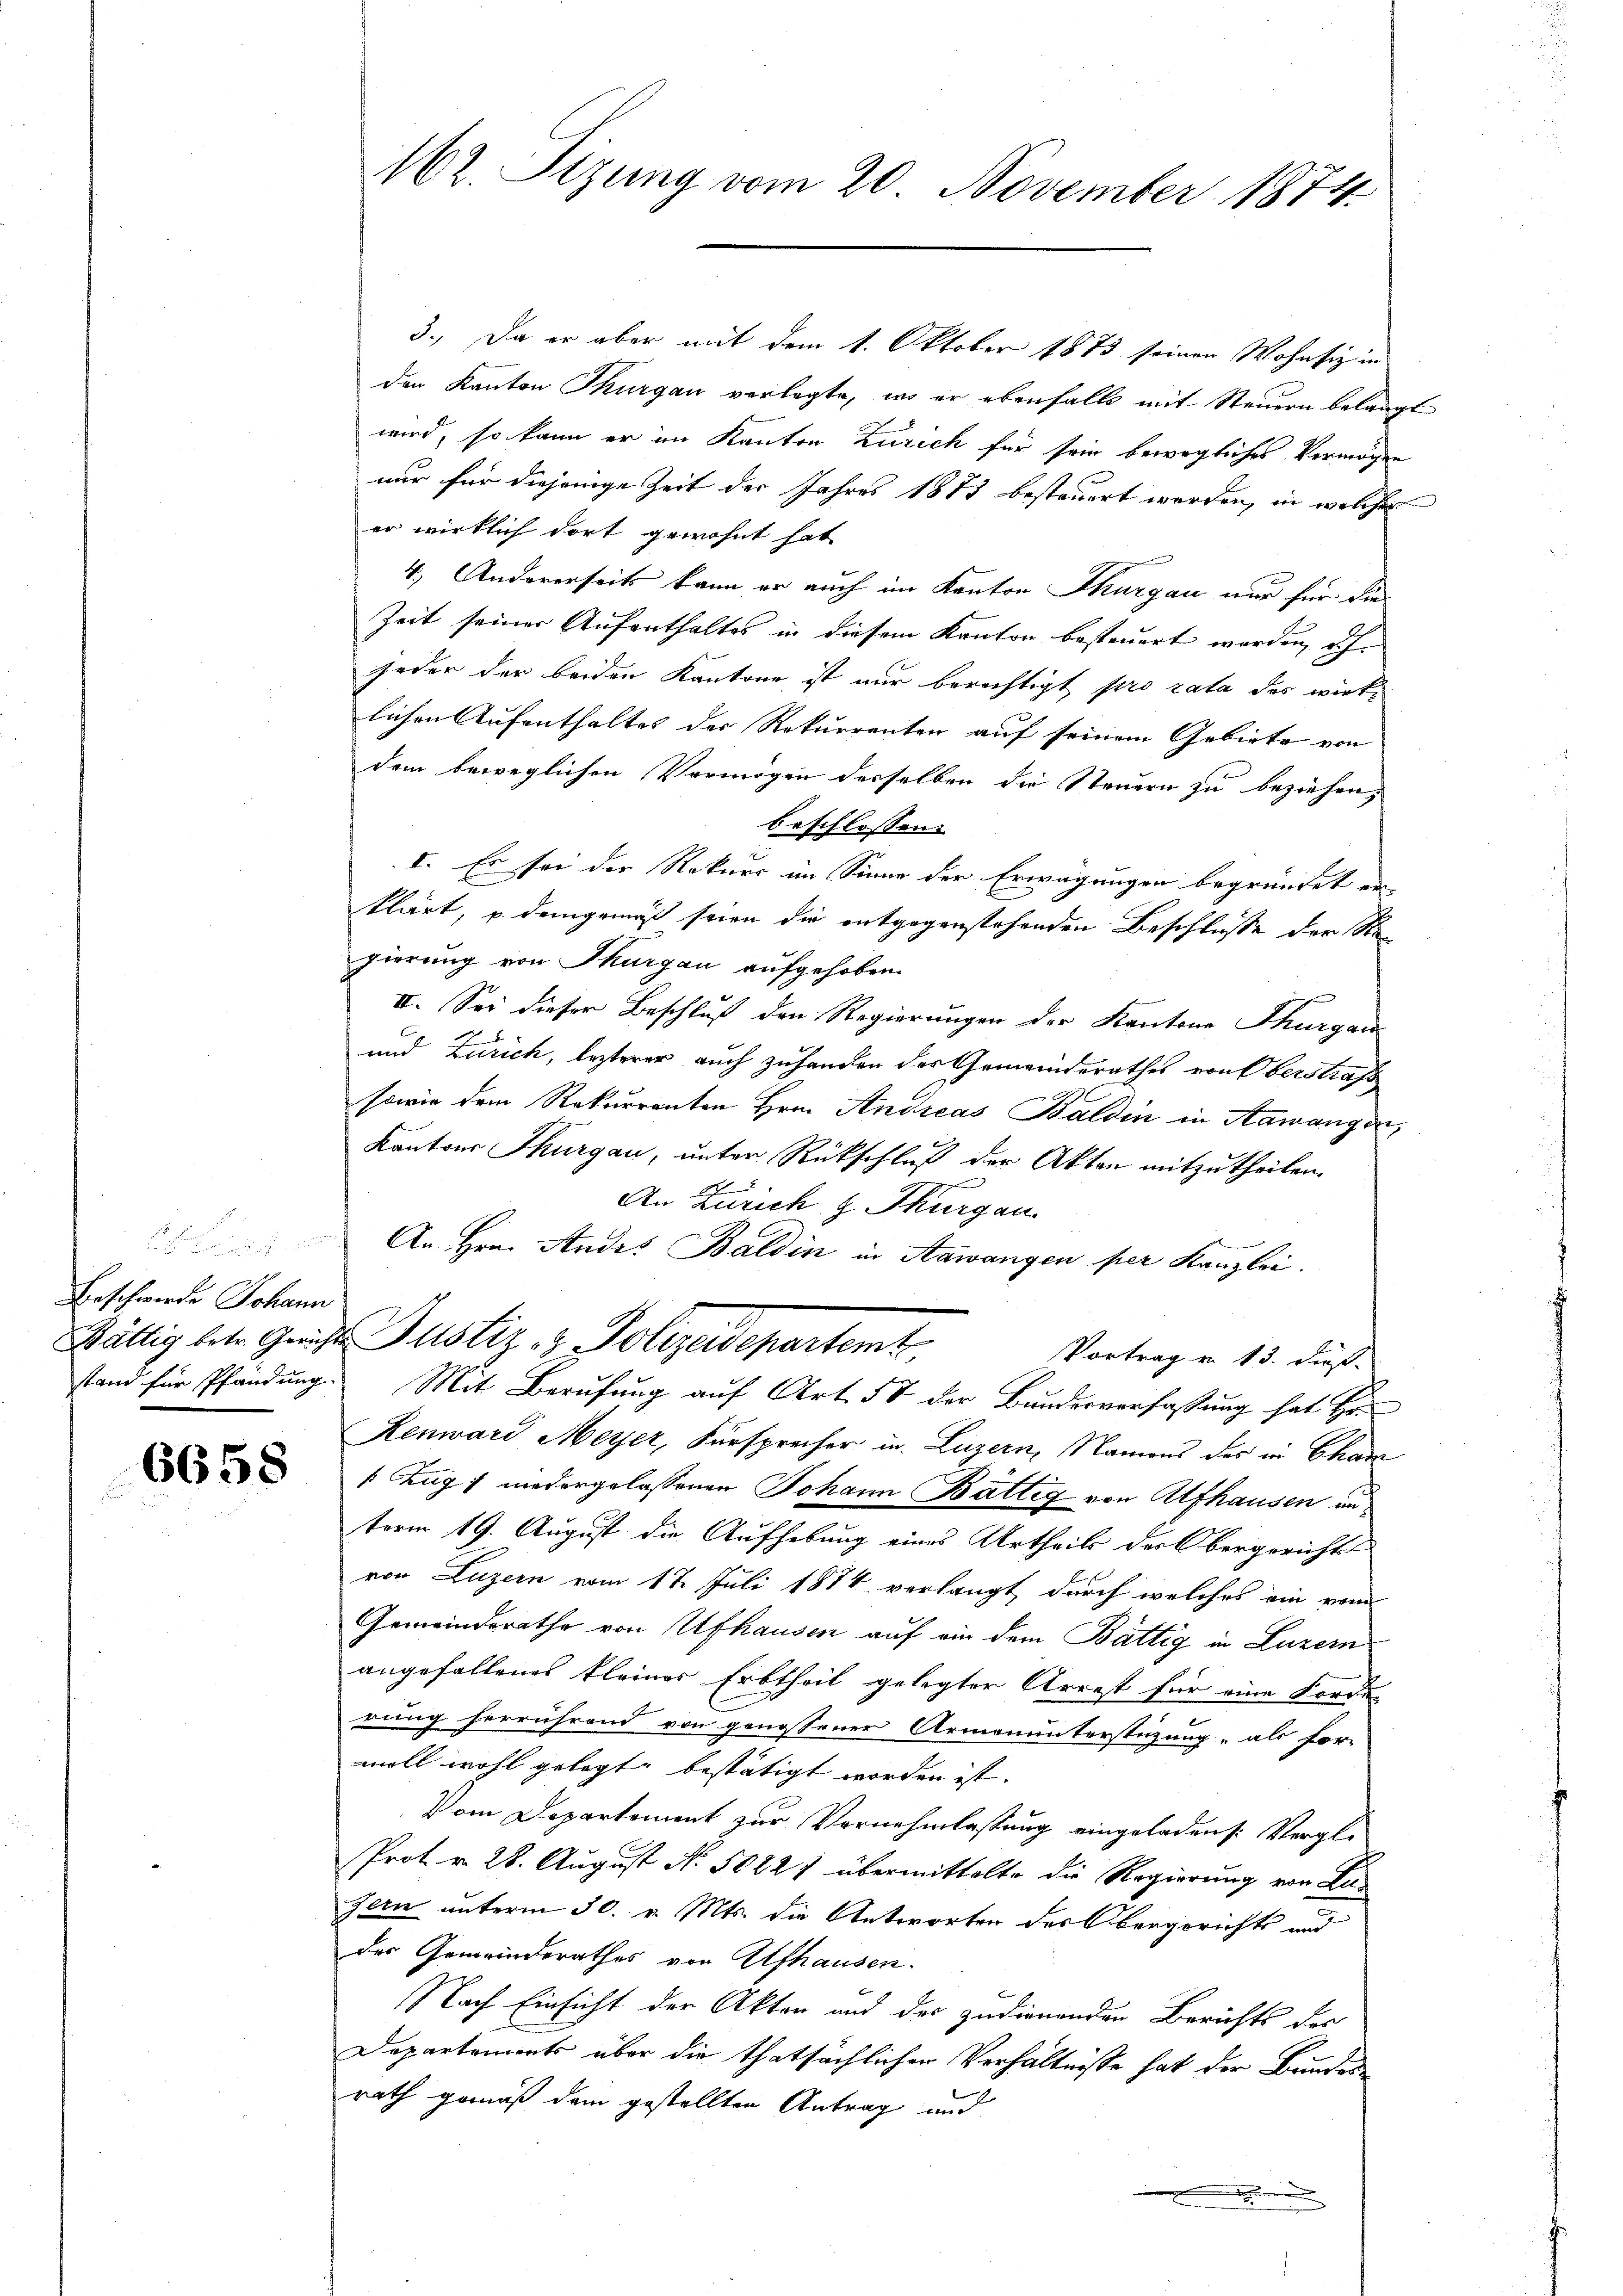
Beschwerde Johann

6658

162. Sizung vom 20. November 1874

3., Da er aber mit dem 1. Oktober 1873 seinen Wohnsiz in
den Kanton Thurgau verlegte, wo er ebenfalls mit Steuern belangt
wird, so kann er im Kanton Zürich für sein bewegliches Vermögen
nur für diejenige Zeit der Jahres 1873 besteuert werden, in welches
er wirklich dort gewohnt hat
4.) Andererseits kann er auch im Kanton Thurgau nur für die
Zeit seiner Aufenthaltes in diesem Kanton besteuert worden, dh
jeder der beiden Kantone ist nur berechtigt pro rata des wirklichen Aufenthaltes der Rekurrenten auf seinem Gebiete von
dem beweglichen Vermögen desselben die Steuern zu beziehen,
beschlossen:
I. Es sei der Rekurs im Sinne der Erwägungen begründet er
klärt, u. demgemäß seien die entgegenstehenden Beschlusse der Stagierung von Thurgau aufgehoben.
II. Sei dieser Beschluß den Regierungen der Kantons Thurgau
und Zürich, lezterer auch zuhanden des Gemeinderathes von Oberstrafs
sowie dem Rekurrenten Hrn. Andreas Baldin in Aawangen,
Kantons Thurgau, unter Rückschluß der Akten mitzutheilen.
An Zürich z. Thurgau
An Hrn. Andes Baldin in Aawangen per Kanzlei.
Wältig betr. Gerichte Justiz & Polizeidepartemt,
Vortrag von 13. dieß.
stand für Pfändung. Mit Berufung auf Art. 57 der Bundesverfassung hat Hr.
Renward Meyer, Fürsprecher in Luzern, Namens des in Char
Zug niedergelassenen Johann Baltig von Alfhausen un
term 19. August die Aufhebung eines Urtheils der Obergerichts
von Luzern vom 17. Juli 1874 verlangt, durch welches ein vom
Gemeinderathe von Ufhausen auf ein dem Bättig in Luzern
angefallenes kleiner Erbtheil gelegter Arrest für eine Forde
rung herrührend von genossener Armenunterstüzung, als for-
woll wohl gelegt bestätigt worden ist. |
Vom Departement zur Vernehmlassung eingeladens: Vergle
Prot. d. 28. August N. 5622) übermittelte die Regierung von Bafern unterm 30. v. Mts. die Antworten der Obergerichts und
der Gemeinderathes von Alfhausen.
Nach Einsicht der Akten und des zudienenden Berichts des
Departements über die thatsächlichen Verhältnisse hat der Bundes-
rath gemäß dem gestellten Antrag und
.